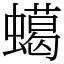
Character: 䗶